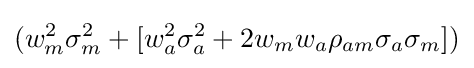
(w_{m}^{2}\sigma _{m}^{2}+[w_{a}^{2}\sigma _{a}^{2}+2w_{m}w_{a}\rho _{am}\sigma _{a}\sigma _{m}])